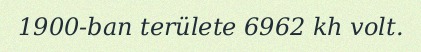
1900-ban területe 6962 kh volt.